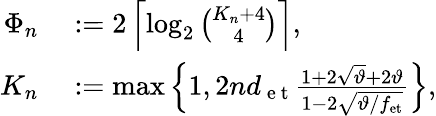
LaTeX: \begin{array}{rl}{\Phi_{n}}&{{}:=2\left\lceil\log_{2}\binom{K_{n}+4}{4}\right\rceil,}\\ {K_{n}}&{{}:=\operatorname*{max}\left\{ 1,2nd_{\mathrm{~e~t~}}\frac{1+2\sqrt{\vartheta}+2\vartheta}{1-2\sqrt{\vartheta/f_{\mathrm{et}}}}\right\} ,}\end{array}